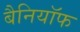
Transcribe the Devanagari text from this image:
बैनियॉफ